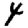
Digit: 4